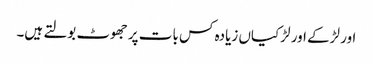
اور لڑکے اور لڑکیاں زیادہ کس بات پر جھوٹ بولتے ہیں۔